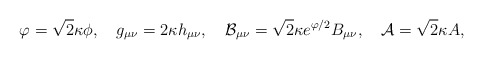
\begin{align*}\varphi=\sqrt{2}\kappa\phi,\ \ \ g_{\mu\nu}=2\kappa h_{\mu\nu},\ \ \ {\cal B}_{\mu\nu}=\sqrt{2}\kappa e^{\varphi/2}B_{\mu\nu},\ \ \ {\cal A}=\sqrt{2}\kappa A,\end{align*}